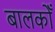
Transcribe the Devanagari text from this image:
बालकोँ